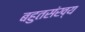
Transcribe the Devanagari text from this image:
बहुतसंख्य